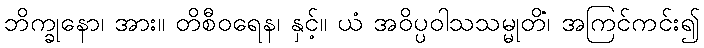
ဘိက္ခုနော၊ အား။ တိစီဝရေန၊ နှင့်။ ယံ အဝိပ္ပဝါသသမ္မုတိံ၊ အကြင်ကင်း၍